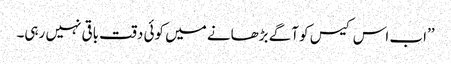
’’اب اس کیس کو آگے بڑھانے میں کوئی دقت باقی نہیں رہی۔